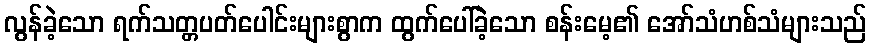
လွန်ခဲ့သော ရက်သတ္တပတ်ပေါင်းများစွာက ထွက်ပေါ်ခဲ့သော စန်းမေ့၏ အော်သံဟစ်သံများသည်